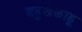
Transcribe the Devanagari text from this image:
बहुखेळाडू